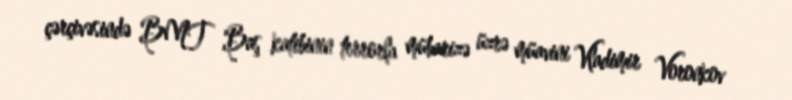
çərçivəsində BMT Baş katibinin terrorla mübarizə üzrə müavini Vladimir Voronkov